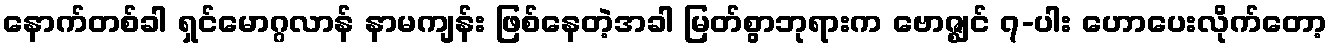
နောက်တစ်ခါ ရှင်မောဂ္ဂလာန် နာမကျန်း ဖြစ်နေတဲ့အခါ မြတ်စွာဘုရားက ဗောဇ္ဈင် ၇-ပါး ဟောပေးလိုက်တော့